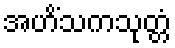
အဟိံသကသုတ္တံ